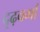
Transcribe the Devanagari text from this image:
दृढ़वर्मा